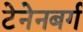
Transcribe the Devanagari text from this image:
टेनेनबर्ग